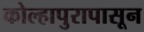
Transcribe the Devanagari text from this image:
कोल्हापुरापासून